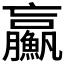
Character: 𩼊